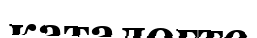
каталогте